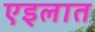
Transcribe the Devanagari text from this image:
एइलात